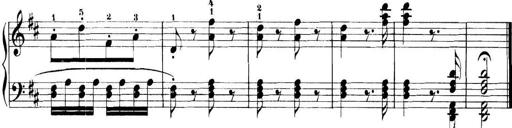
Title: 11 Sonatinas
Composer: Anton Diabelli